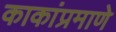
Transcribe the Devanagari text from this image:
काकांप्रमाणे